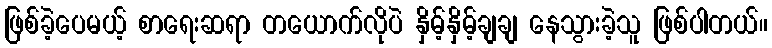
ဖြစ်ခဲ့ပေမယ့် စာရေးဆရာ တယောက်လိုပဲ နှိမ့်နှိမ့်ချချ နေသွားခဲ့သူ ဖြစ်ပါတယ်။